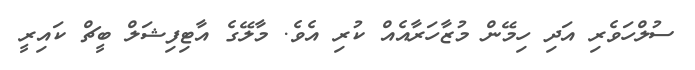
ސުލްހަވެރި އަދި ހިމޭން މުޒާހަރާއެއް ކުރި އެވެ. މާލޭގެ އާޓިފިޝަލް ބީޗް ކައިރީ